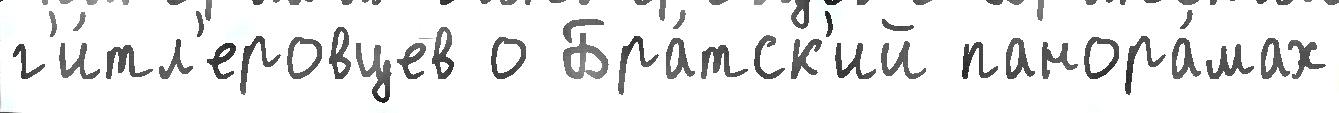
г'и́тл'еровцев о Бра́тск'ий панора́мах